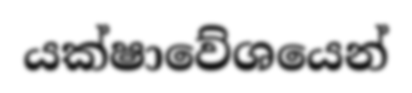
යක්ෂාවේශයෙන්